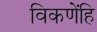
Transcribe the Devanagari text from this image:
विकणेंहि